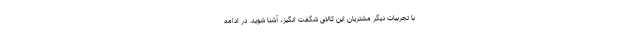
با تجربیات دیگر مشتریان این کالای شگفت انگیز، آشنا شوید. در ادامه